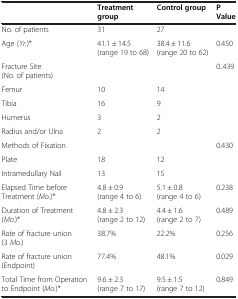
<table><thead><tr><td><b> </b></td><td><b>Treatment group</b></td><td><b>Control group</b></td><td><b>P Value</b></td></tr></thead><tbody><tr><td>No. of patients</td><td>31</td><td>27</td><td> </td></tr><tr><td>Age (<i>Yr.</i>)*</td><td>41.1 ± 14.5 (range 19 to 68)</td><td>38.4 ± 11.6 (range 20 to 62)</td><td>0.450</td></tr><tr><td>Fracture Site (No. of patients)</td><td> </td><td> </td><td>0.439</td></tr><tr><td>Femur</td><td>10</td><td>14</td><td> </td></tr><tr><td>Tibia</td><td>16</td><td>9</td><td> </td></tr><tr><td>Humerus</td><td>3</td><td>2</td><td> </td></tr><tr><td>Radius and/or Ulna</td><td>2</td><td>2</td><td> </td></tr><tr><td>Methods of Fixation</td><td> </td><td> </td><td>0.430</td></tr><tr><td>Plate</td><td>18</td><td>12</td><td> </td></tr><tr><td>Intramedullary Nail</td><td>13</td><td>15</td><td> </td></tr><tr><td>Elapsed Time before Treatment (<i>Mo.</i>)*</td><td>4.8 ± 0.9 (range 4 to 6)</td><td>5.1 ± 0.8 (range 4 to 6)</td><td>0.238</td></tr><tr><td>Duration of Treatment (<i>Mo.</i>)*</td><td>4.8 ± 2.3 (range 2 to 12)</td><td>4.4 ± 1.6 (range 2 to 7)</td><td>0.489</td></tr><tr><td>Rate of fracture union (3 <i>Mo.</i>)</td><td>38.7%</td><td>22.2%</td><td>0.256</td></tr><tr><td>Rate of fracture union (Endpoint)</td><td>77.4%</td><td>48.1%</td><td>0.029</td></tr><tr><td>Total Time from Operation to Endpoint (<i>Mo.</i>)*</td><td>9.6 ± 2.3 (range 7 to 17)</td><td>9.5 ± 1.5 (range 7 to 12)</td><td>0.849</td></tr></tbody></table>